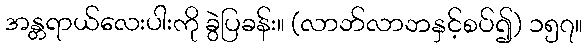
အန္တရာယ်လေးပါးကို ခွဲပြခန်း။ (လာဘ်လာဘနှင့်စပ်၍) ၁၅၇။